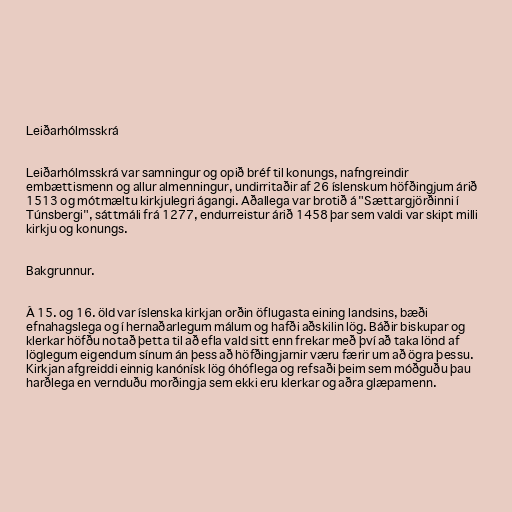
Leiðarhólmsskrá

Leiðarhólmsskrá var samningur og opið bréf til konungs, nafngreindir
embættismenn og allur almenningur, undirritaðir af 26 íslenskum höfðingjum árið
1513 og mótmæltu kirkjulegri ágangi. Aðallega var brotið á "Sættargjörðinni í
Túnsbergi", sáttmáli frá 1277, endurreistur árið 1458 þar sem valdi var skipt milli
kirkju og konungs.

Bakgrunnur.

Á 15. og 16. öld var íslenska kirkjan orðin öflugasta eining landsins, bæði
efnahagslega og í hernaðarlegum málum og hafði aðskilin lög. Báðir biskupar og
klerkar höfðu notað þetta til að efla vald sitt enn frekar með því að taka lönd af
löglegum eigendum sínum án þess að höfðingjarnir væru færir um að ögra þessu.
Kirkjan afgreiddi einnig kanónísk lög óhóflega og refsaði þeim sem móðguðu þau
harðlega en vernduðu morðingja sem ekki eru klerkar og aðra glæpamenn.